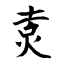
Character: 灻